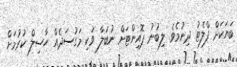
ބަޔަކަށް ފްލެޓު ދިނުމެވެ. ލިބުނު ޕޮއިންޓަށް ނުބަލާ ވަކި މަގުސަދެއް ހާސިލް ކުރުމަށް